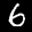
Label: 6